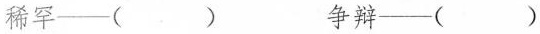
稀罕——( ) 争辩——( )